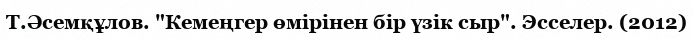
Т.Әсемқұлов. "Кемеңгер өмірінен бір үзік сыр". Эсселер. (2012)